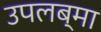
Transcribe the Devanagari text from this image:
उपलब्मा